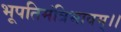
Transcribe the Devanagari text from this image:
भूपतिमंत्रिभावम्।।